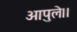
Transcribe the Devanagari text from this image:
आपुले।।